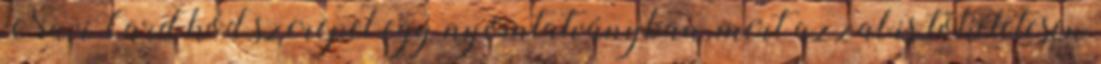
NaviCard kód szerepel egy nyomtatványban, mert azzal is tökéletesen